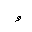
Letter: _waw